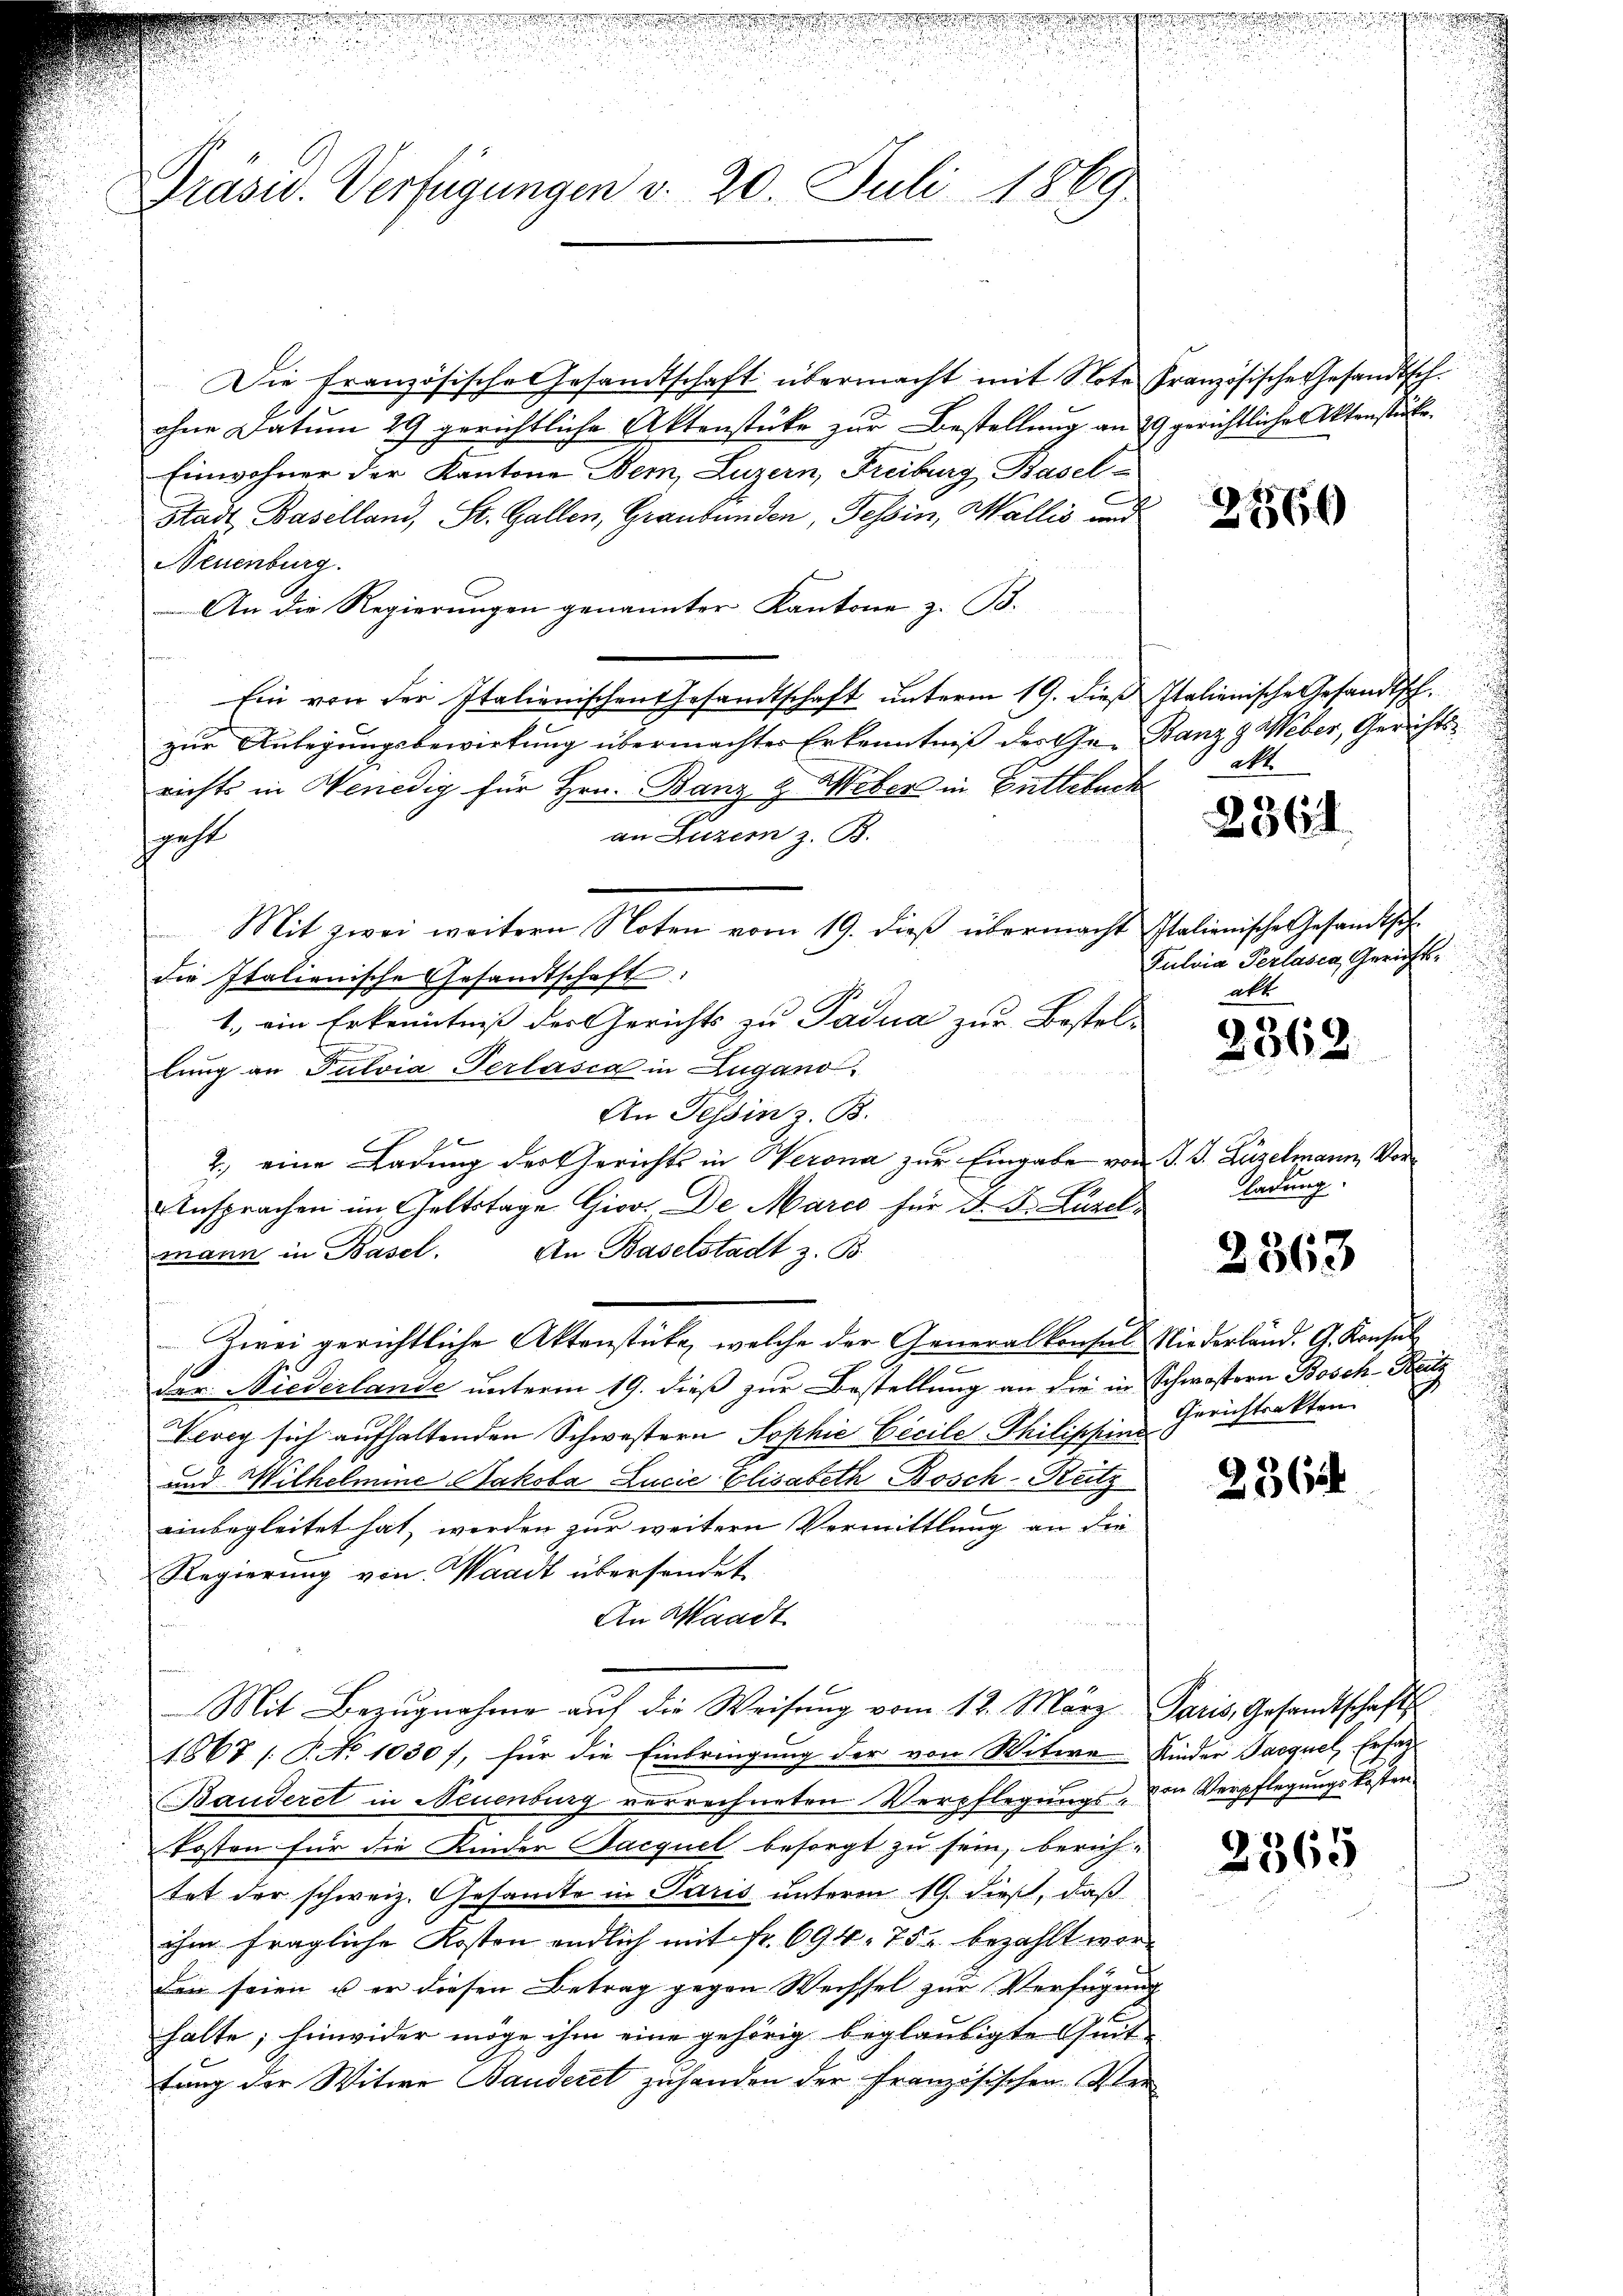
Präsid. Verfügungen v. 20. Juli 1869

Die französische Gesamtschaft übermacht mit Note Französische Gesandtsch.
ohne Datum 29 gerichtliche Aktenstüke zur Bestellung an 29 gerichtliche Aktenstücke.
Einwohner der Kantone Bern, Luzern, Freiburg Basel¬
Stadt Baselland, St. Gallen, Graubünden, Tessin, Wallis und
Neuenburg.
An die Regierungen genannter Kantone z. B.
n
Ein von der Italienischen Gesandtschaft ŭnterm 19. dieβ Italienische Gesandtsch.
zur Anlegungsbewirkung übermachter Erkenntniß des Ge-Banz z Weber, Gerichtsrichts in Wenedig für Hrn. Banz & Weber in Butteruch
an Luzer z. B.
spacht
Mit zwei weitern Noten vom 19. dieβ übermacht Italienische Gesandtsch-
die Italienische Gesandtschaft.
1., ein Erkenntniß der Gerichts zu Padua zur Bestelbung an Fulvia-Terlasia in Lugano.
An Tessin z. B.
2.) eine Ladung der Gerichts in Werona zur Eingabe von J. J. Züzelmann, Vor¬
Ansprachen im Geltstage Giov. De Marco für J. F. Luzelmann in Basel. An Baselstadt z. B.
Zwei gerichtliche Aktenstücke, welche der Generalkonsul Niederländ. G. Konsul
der Niederlande unterm 19. dieß zur Bestellung an die in Schwestern Bosch-Heitz
Vevey sich aufhaltenden Schwestern Sophie Cecile Philippins
und Wilhelmine Nakoba Lucie Elisabeth Bosch-Rutz
einbegleitet hat, werden zur weitern Vermittlung an die
Regierung von Waadt übersendet
An Waadt
Mit Bezugnahme auf die Weisung vom 12. März Paris, Gesandtschafts
1867 / P. No 1030), für die Einbringung der von Witwe Kinder Jacquel, Ersat
Bauderet in Neuenburg verrechneten Verpflegungs- von Verpflegungskosten
kosten für die Kinder Jacquel besorgt zu sein, berich-
tet der schweiz. Gesamte in Paris unteren 19. dieß, daß
ihm fragliche Kosten endlich mit Fr. 694. 752 bezahlt worden seien u er diesen Betrag gegen Wechsel zur Verfügung
halte; hinwider möge ihm eine gehörig beglaubigte Quit
tung der Witwe Banderet zuhanden der Französischen Ver¬

2166

Akt.

2364

Pulvia Perlasca, Gerichtsalt

2362

ladung.

2368

s
Gerichtsakten

2362

2365